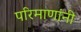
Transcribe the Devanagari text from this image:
परिमाणांनी